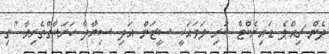
ދެން ޗިއްޕެ ޑައިރެކްޓް ކުރި ލަވައަކީ ސީޒަން އަދި ސިޔާދާ ހަރަކާތްތެރިވާ "ތި